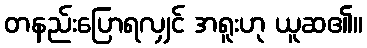
တနည်းပြောရလျှင် အရူးဟု ယူဆ၏။